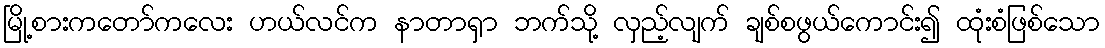
မြို့စားကတော်ကလေး ဟယ်လင်က နာတာရှာ ဘက်သို့ လှည့်လျက် ချစ်စဖွယ်ကောင်း၍ ထုံးစံဖြစ်သော